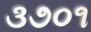
૩૭૦૧